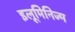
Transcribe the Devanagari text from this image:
इलूमिनिज्म